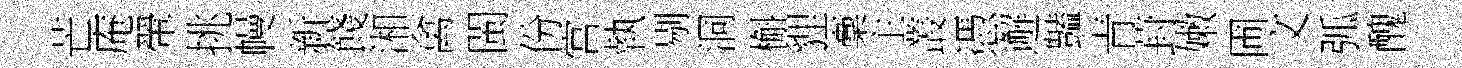
芒庵翬挑幔新餞湘禽閩份宫執剔洞槲貍稾主叢憑邂豔青葑嫩圃文弧醜